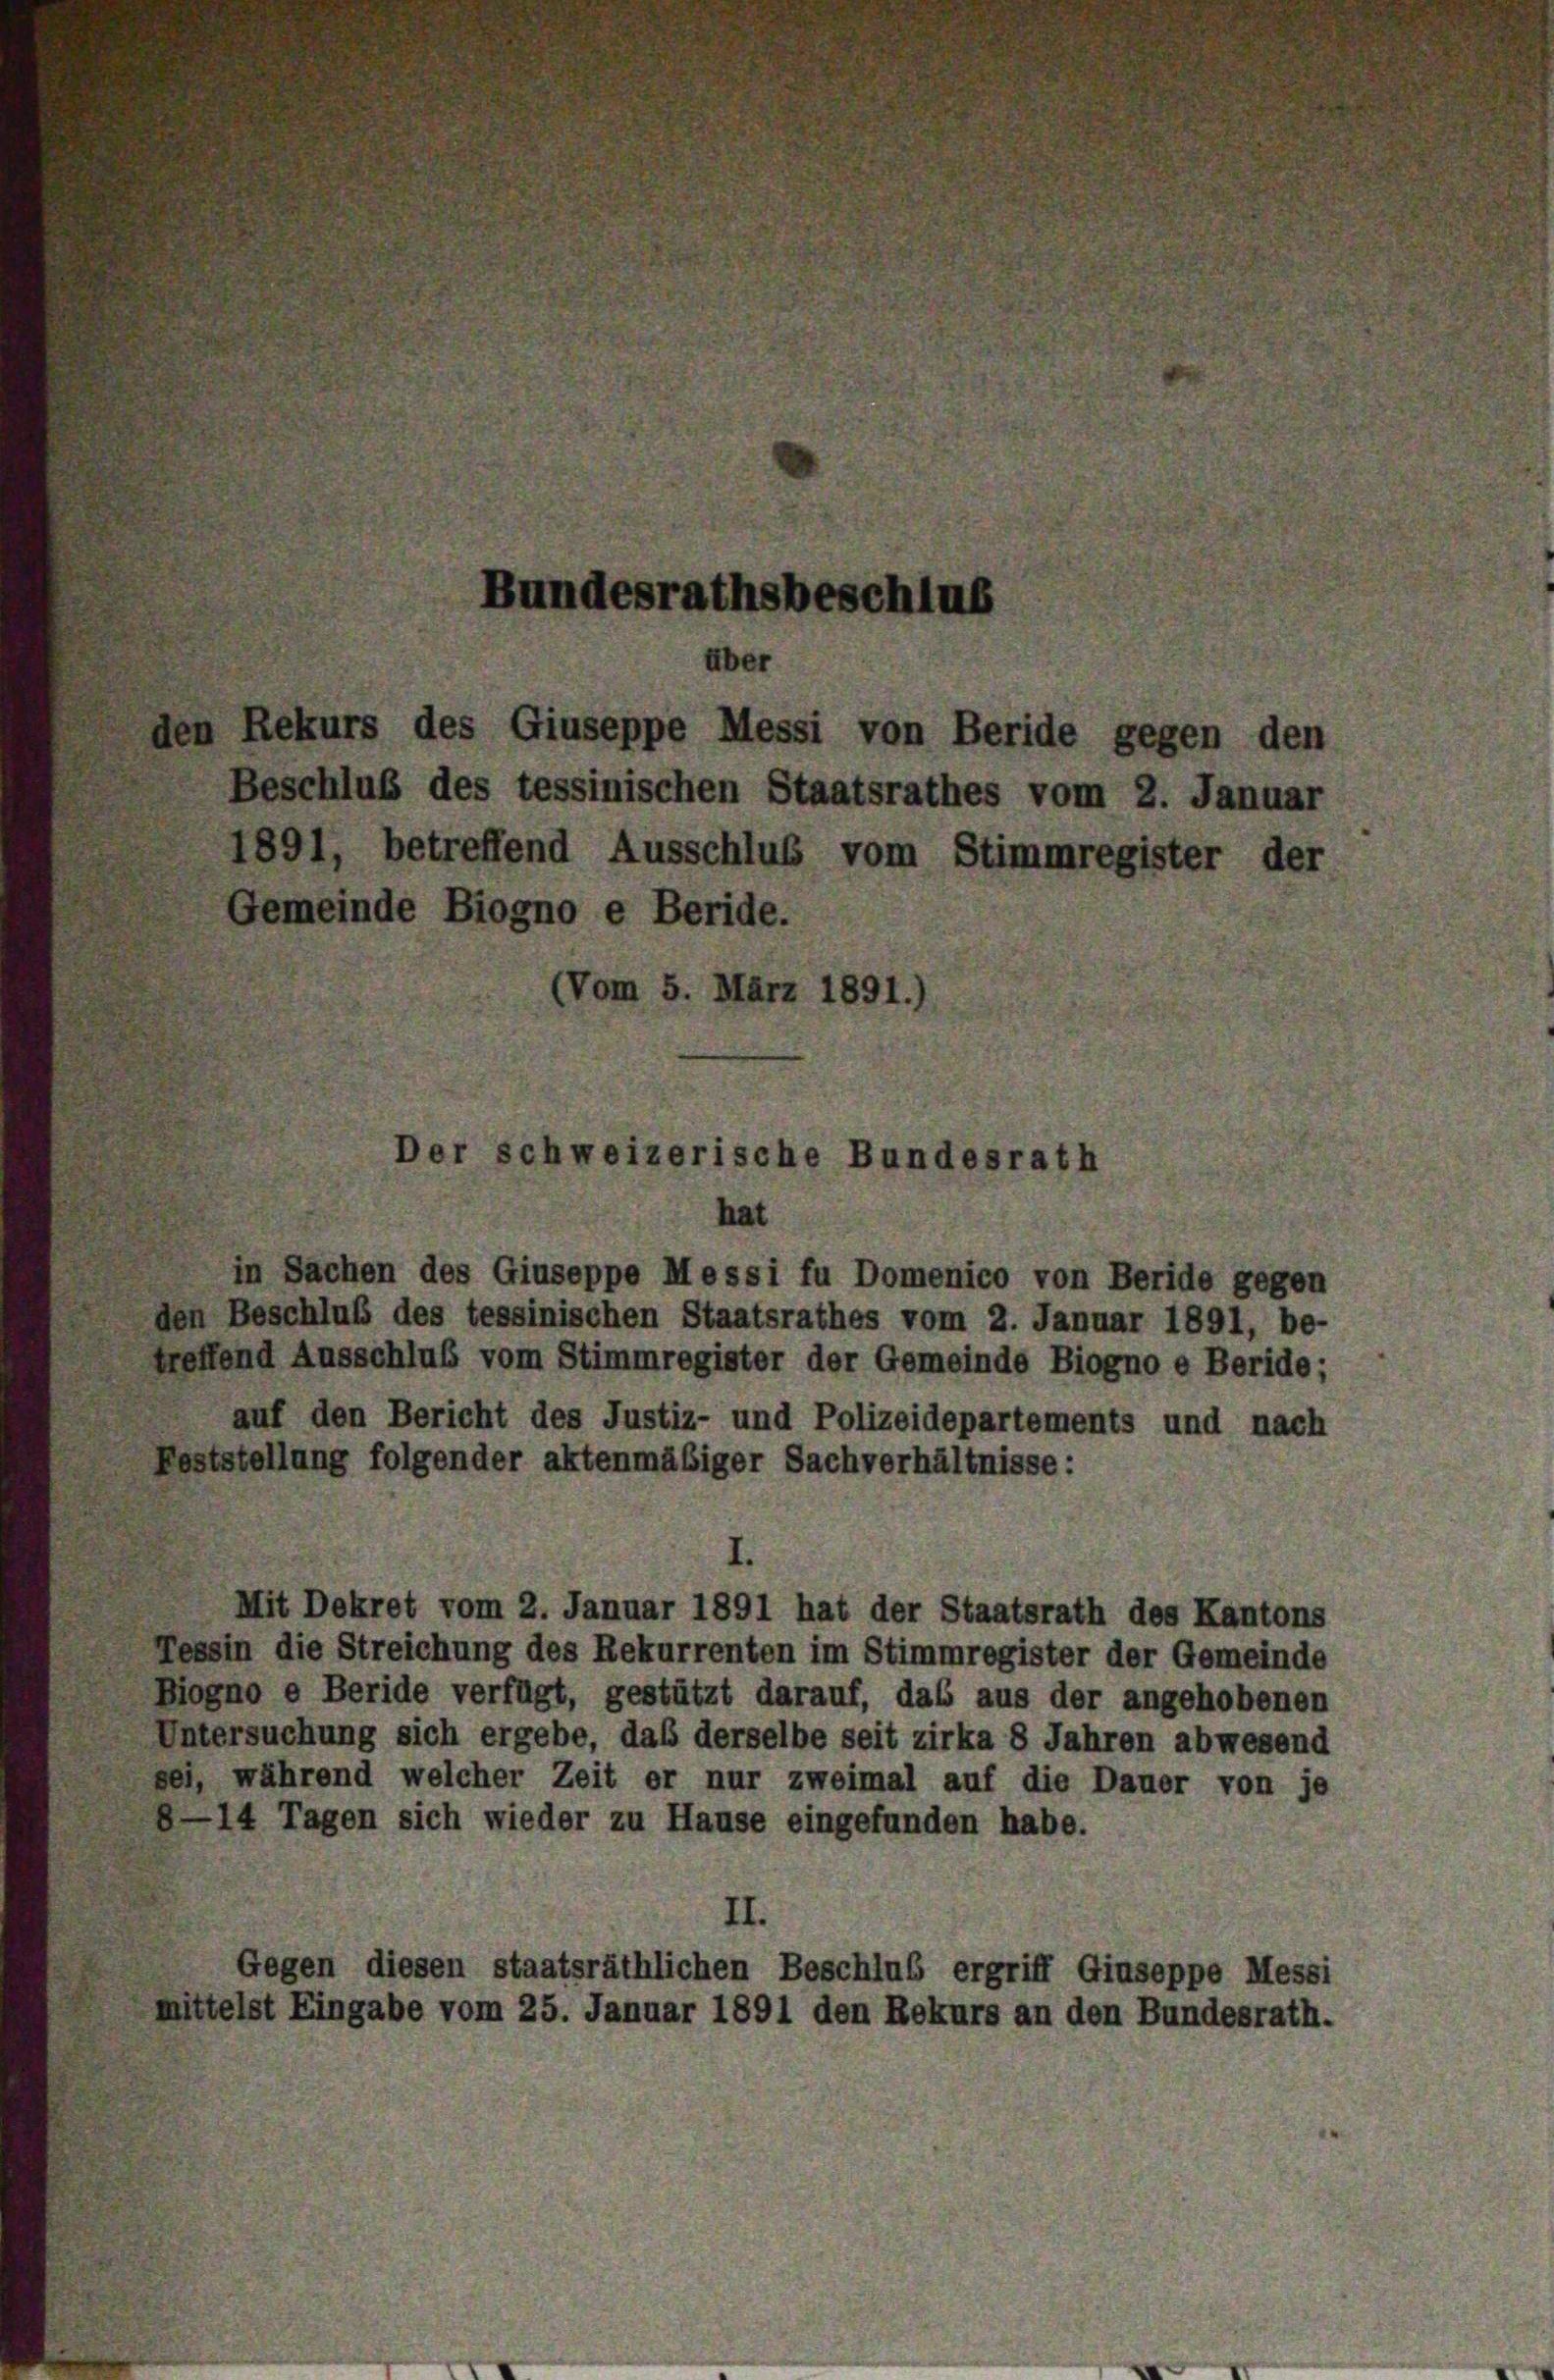
Bundesrathsbeschlus
über
den Rekurs des Giuseppe Messi von Beride gegen den
Beschluß des tessinischen Staatsrathes vom 2. Januar
1891, betreffend Ausschluß vom Stimmregister der
Gemeinde Biogno e Beride.
(Vom 5. März 1891.)

Der schweizerische Bundesrath

in Sachen des Giuseppe Messi fu Domenico von Beride gegen
den Beschluß des tessinischen Staatsrathes vom 2. Januar 1891, be-
treffend Ausschluß vom Stimmregister der Gemeinde Biogno e Beride;
auf den Bericht des Justiz- und Polizeidepartements und nach
Feststellung folgender aktenmäßiger Sachverhältnisse:
Mit Dekret vom 2. Januar 1891 hat der Staatsrath des Kantons
Tessin die Streichung des Rekurrenten im Stimmregister der Gemeinde
Biogno e Beride verfügt, gestützt darauf, das aus der angehobenen
Untersuchung sich ergebe, daß derselbe seit zirka 8 Jahren abwesend
sei, während welcher Zeit er nur zweimal auf die Dauer von je
8—14 Tagen sich wieder zu Hause eingefunden habe.
II.
Gegen diesen staatsräthlichen Beschlus ergriff Giuseppe Messi
mittelst Eingabe vom 25. Januar 1891 den Rekurs an den Bundesrath.